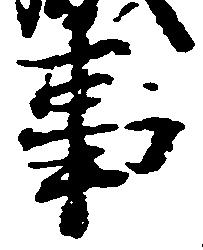
事